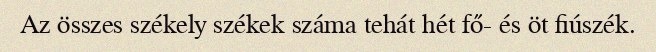
Az összes székely székek száma tehát hét fő- és öt fiúszék.